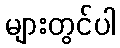
များတွင်ပါ